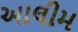
આલીમ